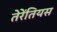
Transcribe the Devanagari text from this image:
तेरेंतियस